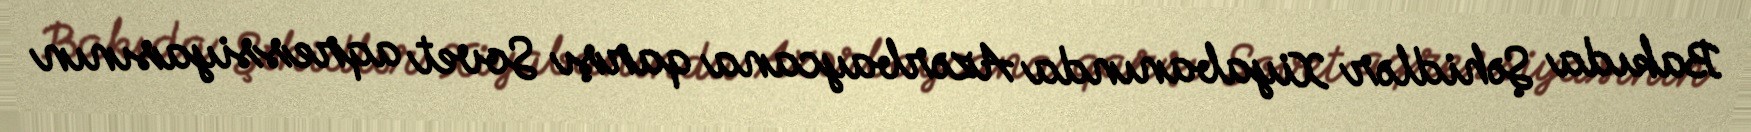
Bakıda Şəhidlər Xiyabanında Azərbaycana qarşı Sovet aqressiyasının